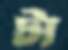
টা